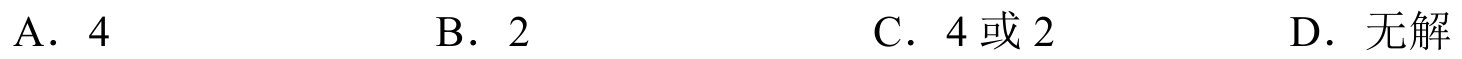
A. \(4\)  \(\quad\) B. \(2\)  \(\quad\) C. \(4\)或\(2\)  \(\quad\) D. 无解